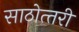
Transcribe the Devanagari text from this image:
साठोत्‍तरी